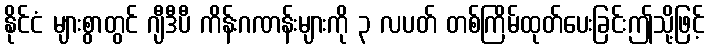
နိုင်ငံ များစွာတွင် ဂျီဒီပီ ကိန်းဂဏန်းများကို ၃ လပတ် တစ်ကြိမ်ထုတ်ပေးခြင်းဤသို့ဖြင့်